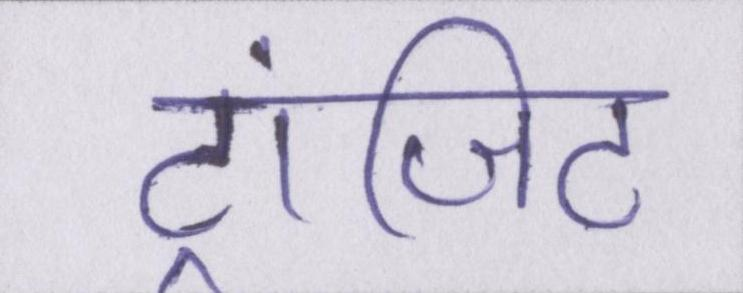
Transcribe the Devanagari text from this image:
ट्रांजिट